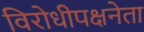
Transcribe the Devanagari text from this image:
विरोधीपक्षनेता